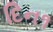
દિન૧